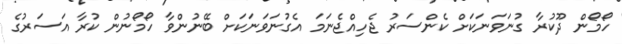
ހޯމޯން ދޫކުރާ ގުނަވަނަކަށް ކެންސަރު ޖެހިއްޖެނަމަ އެގުނަވަނަކަށް ބޭނުންވާ ހޯމޯނުން ކުރާ އަސަރުގެ